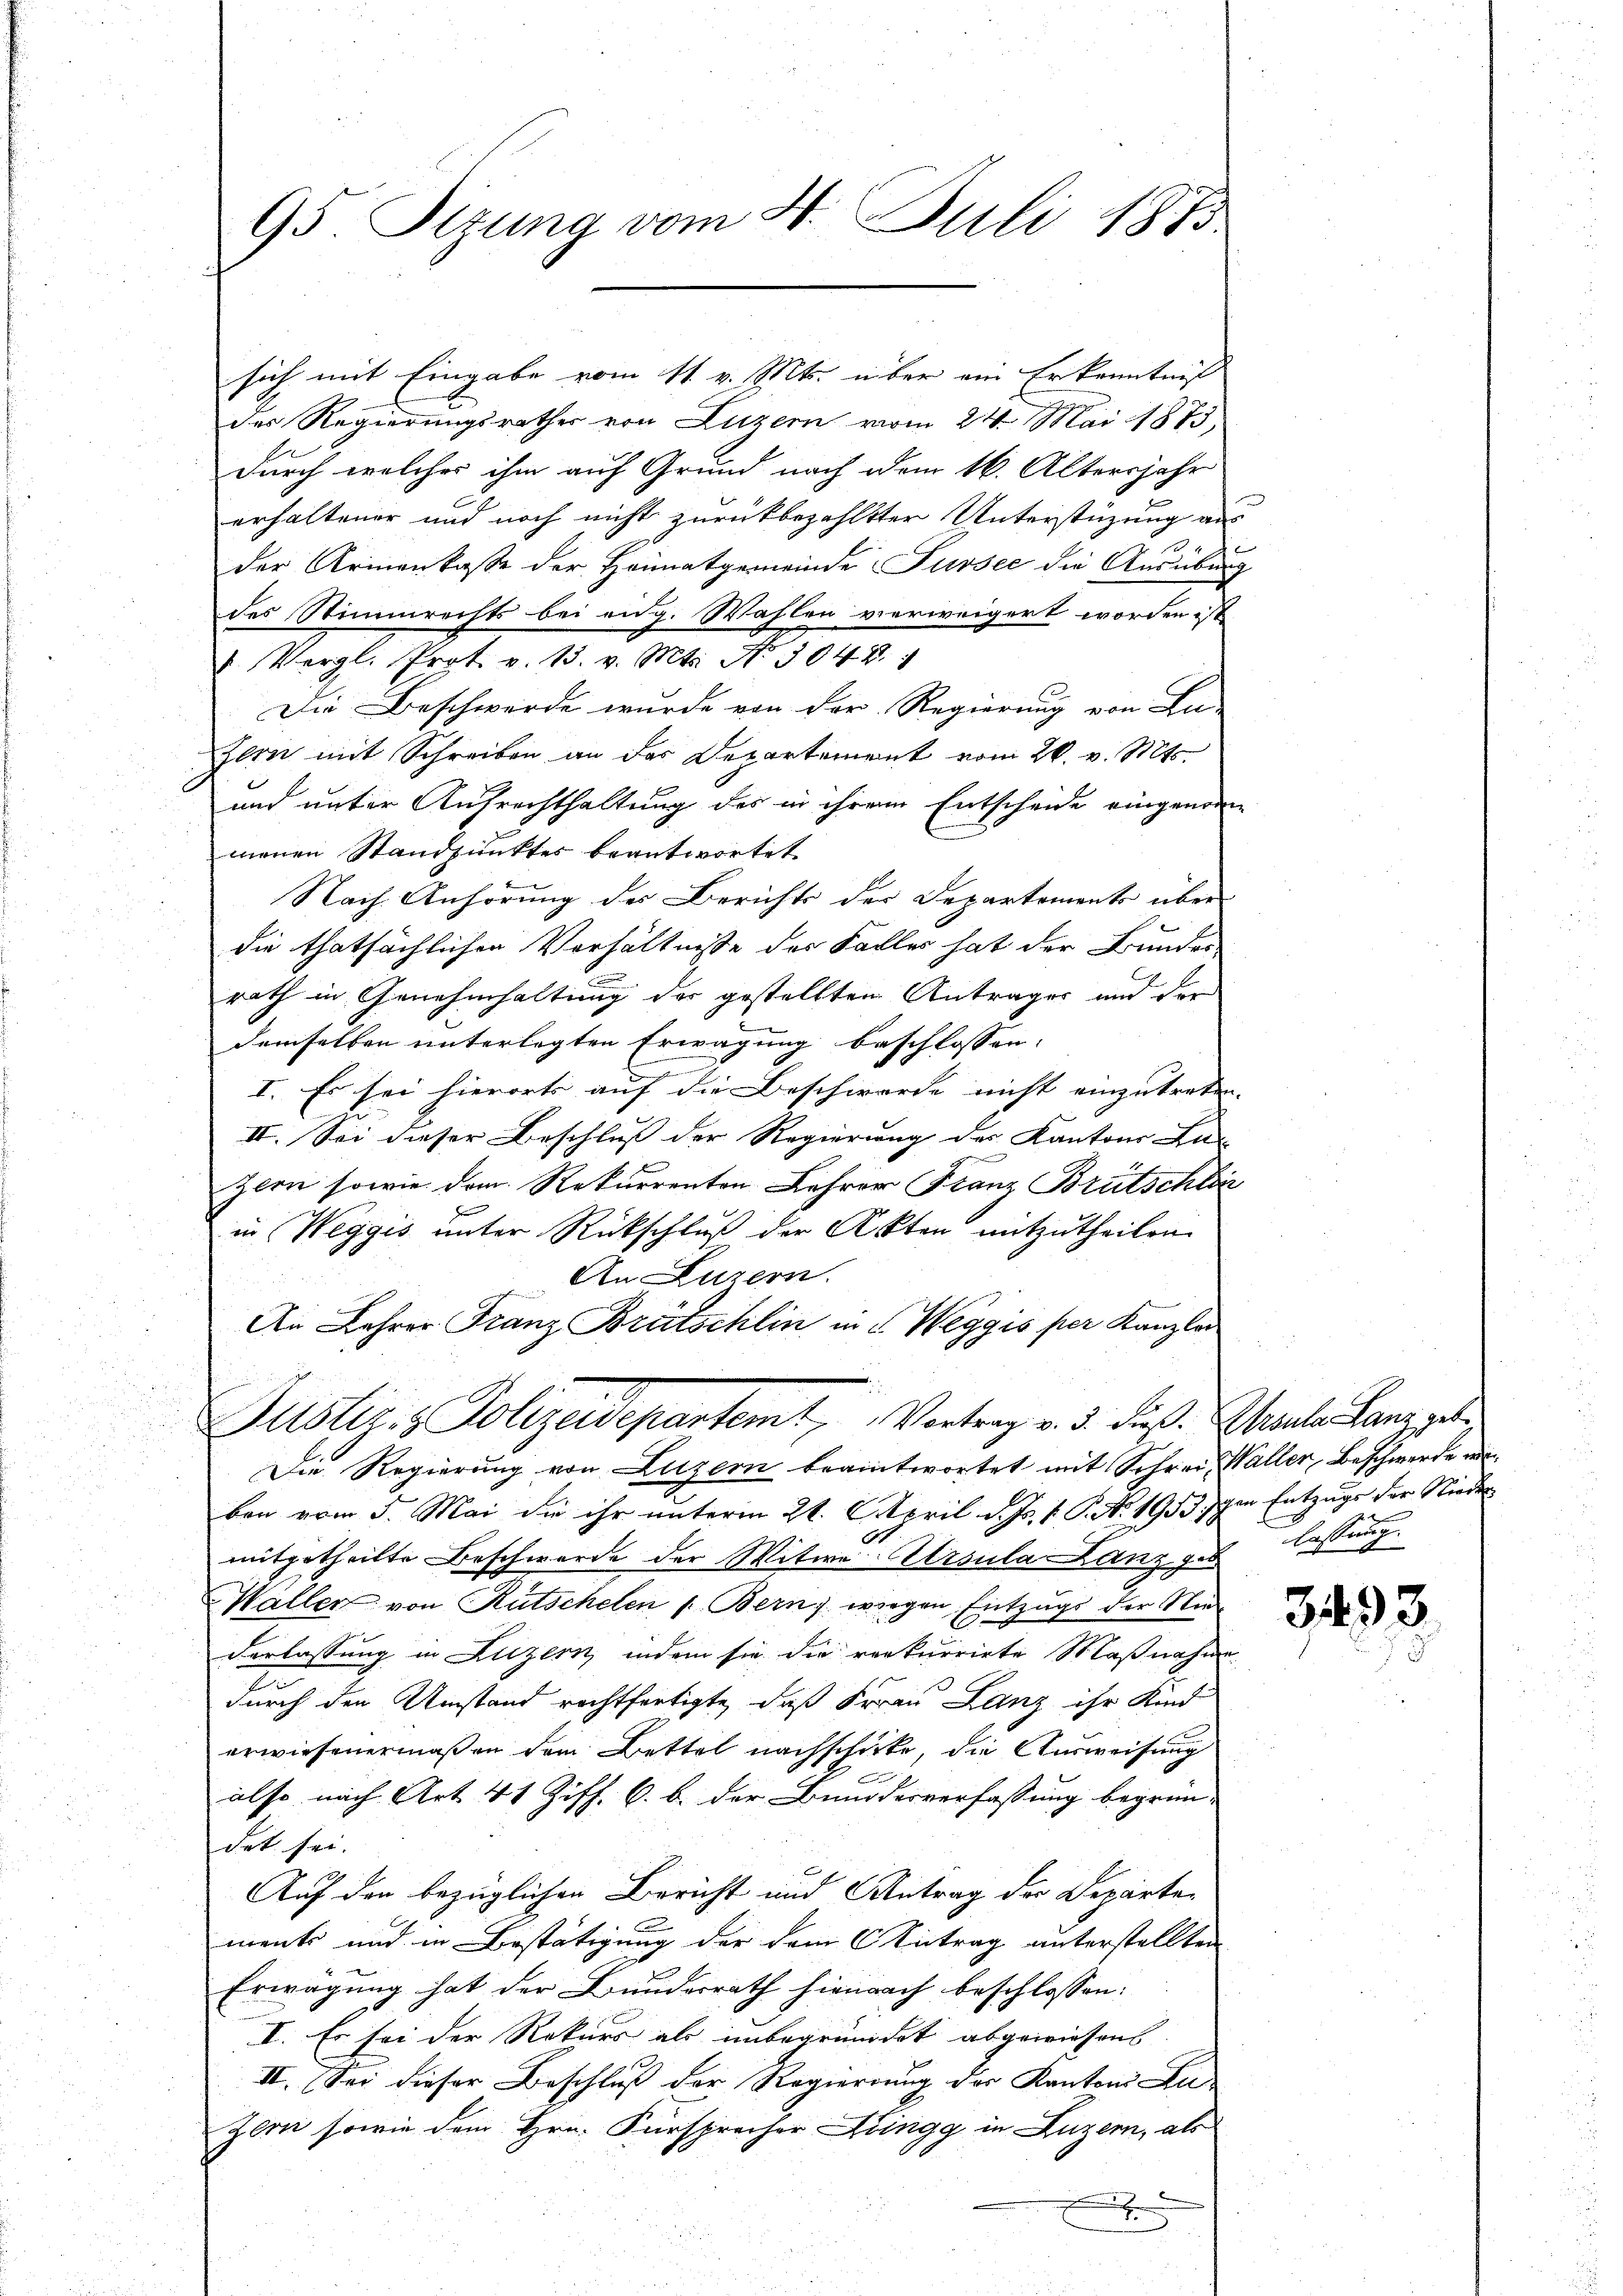
des Regierungsrathes von Luzern vom 24. Mai 1873.
durch welcher ihm auf Grund nach dem 16. Altersjahr
erhaltener und noch nicht zurückbezahltter Unterstüzung aus
der Armenkasse der Heimatgemeinde Sursee die Ausübung
des Stimmrechts bei eng. Wahlen verweigert worden ist
" Vergl. Prot. v. 15. v. Mts. No. 3044.
Die Beschwerde wurde von der Regierung von La-
Zeen mit Schreiben an das Departement vom 26. v. Mts.
und unter Aufrechthaltung des in ihrem Entscheide eingenommenen Standpunktes beantwortet.
Nach Anhörung des Berichts der Departements über
die thatsächlichen Verhältnisse des Falles hat der Bundes
rath in Genehmhaltung der gestellten Anträger und der
demselben unterlegten Erwägung beschlossen:
an
I. Es sei hierorts auf die Beschwerde nicht einzutreten. |
II. Sei dieser Beschluss der Regierung der Kantons Ein- |
Zeen sowie dem Rekurrenten Lehrer Franz Brätschlic
in Weggis unter Rückschluß der Akten mitzutheilen.
An Luzern.
An Lehrer Franz Brütschlin in Weggis per Kanzlei
Justiz- & Polizeidepartem Vortrag v. 3. daß Male Lanzgel
Die Regierung von Luzern beantwortet mit Schrei- Waller, Beschwerde wi
ben vom 5. Mai die ihr unterm 21. April d. Js. v. P. No. 1913 schen Entzugs der Nieder
mitgetheilte Beschwerde der Witwe Ursula Lanz ge

95 Sizung vom 4. Juli 1875

sich mit Eingabe vom 11. v. Mts. über ein Erkenntniß

Waller von Rutschelen p. Bern, weegen Entzugs der Nie
derlassung in Luzern, indem sie die rekurrirte Maßnahme
durch den Umstand rechtfertigte, daß Frau Lanz ihr Kind
erwiesenermaßen dem Bettel nachschicke, die Ausweisung
also nach Art. 41 Ziff. 6. b. der Bundesverfassung begrün-
det sei.
Auf den bezüglichen Bericht und Antrag der Departements und in Bestätigung der dem Antrag unterstellten
Erwägung hat der Bundesrath hienach beschlossen:
I. Es sei der Rekurs als unbegründet abgewiesens
II. Sei dieser Beschluß der Regierung der Kantons Zu-
zern sowie dem Hrn. Fürsprecher Zingg in Luzern, als
e

lassung.

3493